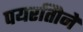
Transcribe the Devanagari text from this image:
पयरतिोने